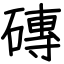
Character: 磚